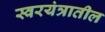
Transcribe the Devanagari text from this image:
स्वरयंत्रातील